Indian journal of veterinary science and animal husbandry - Volume 12,
Year: 1942
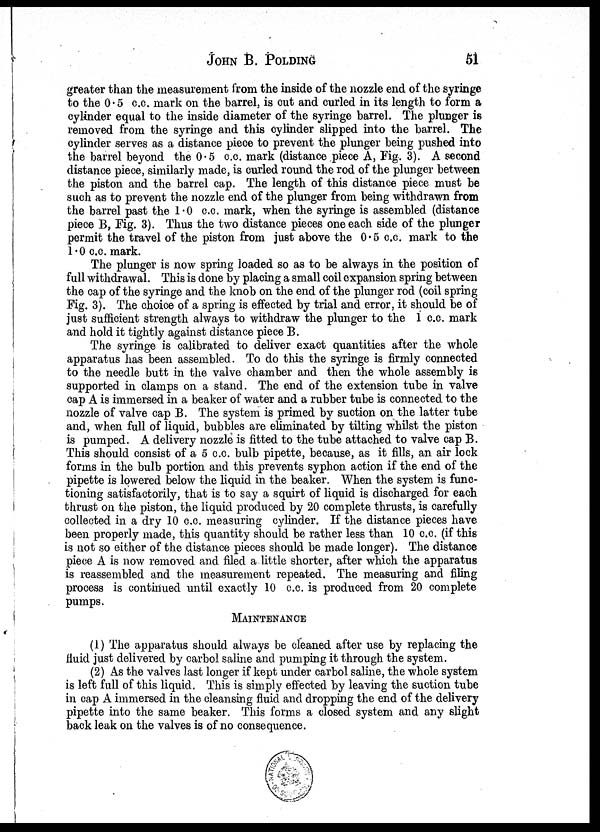
JOHN B. POLDING 51
greater than the measurement from the inside of the nozzle end of the syringe
to the 0.5 c.c. mark on the barrel, is cut and curled in its length to form a
cylinder equal to the inside diameter of the syringe barrel. The plunger is
removed from the syringe and this cylinder slipped into the barrel. The
cylinder serves as a distance piece to prevent the plunger being pushed into
the barrel beyond the 0.5 c.c. mark (distance piece A, Fig. 3). A second
distance piece, similarly made, is curled round the rod of the plunger between
the piston and the barrel cap. The length of this distance piece must be
such as to prevent the nozzle end of the plunger from being withdrawn from
the barrel past the 1.0 c.c. mark, when the syringe is assembled (distance
piece B, Fig. 3). Thus the two distance pieces one each side of the plunger
permit the travel of the piston from just above the 0.5 c.c. mark to the
1.0 c.c. mark.
The plunger is now spring loaded so as to be always in the position of
full withdrawal. This is done by placing a small coil expansion spring between
the cap of the syringe and the knob on the end of the plunger rod (coil spring
Fig. 3). The choice of a spring is effected by trial and error, it should be of
just sufficient strength always to withdraw the plunger to the 1 c.c. mark
and hold it tightly against distance piece B.
The syringe is calibrated to deliver exact quantities after the whole
apparatus has been assembled. To do this the syringe is firmly connected
to the needle butt in the valve chamber and then the whole assembly is
supported in clamps on a stand. The end of the extension tube in valve
cap A is immersed in a beaker of water and a rubber tube is connected to the
nozzle of valve cap B. The system is primed by suction on the latter tube
and, when full of liquid, bubbles are eliminated by tilting whilst the piston
is pumped. A delivery nozzle is fitted to the tube attached to valve cap B.
This should consist of a 5 c.c. bulb pipette, because, as it fills, an air lock
forms in the bulb portion and this prevents syphon action if the end of the
pipette is lowered below the liquid in the beaker. When the system is func-
tioning satisfactorily, that is to say a squirt of liquid is discharged for each
thrust on the piston, the liquid produced by 20 complete thrusts, is carefully
collected in a dry 10 c.c. measuring cylinder. If the distance pieces have
been properly made, this quantity should be rather less than 10 c.c. (if this
is not so either of the distance pieces should be made longer). The distance
piece A is now removed and filed a little shorter, after which the apparatus
is reassembled and the measurement repeated. The measuring and filing
process is continued until exactly 10 c.c. is produced from 20 complete
pumps.
MAINTENANCE
(1) The apparatus should always be cleaned after use by replacing the
fluid just delivered by carbol saline and pumping it through the system.
(2) As the valves last longer if kept under carbol saline, the whole system
is left full of this liquid. This is simply effected by leaving the suction tube
in cap A immersed in the cleansing fluid and dropping the end of the delivery
pipette into the same beaker. This forms a closed system and any slight
back leak on the valves is of no consequence.